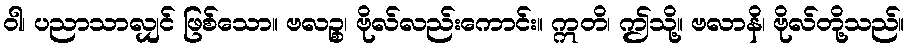
ဝါ၊ ပညာသာလျှင် ဖြစ်သော။ ဗလဉ္စ၊ ဗိုလ်လည်းကောင်း။ ဣတိ၊ ဤသို့။ ဗလာနိ၊ ဗိုလ်တို့သည်။